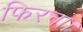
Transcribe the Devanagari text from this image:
फिरना।